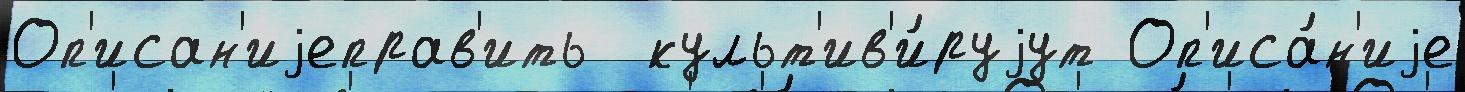
Оп'исан'иjеправ'ить  культ'ив'и́руjут Оп'иса́н'иjе